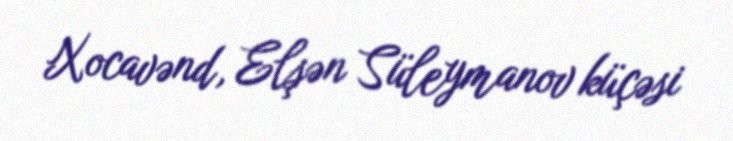
Xocavənd, Elşən Süleymanov küçəsi